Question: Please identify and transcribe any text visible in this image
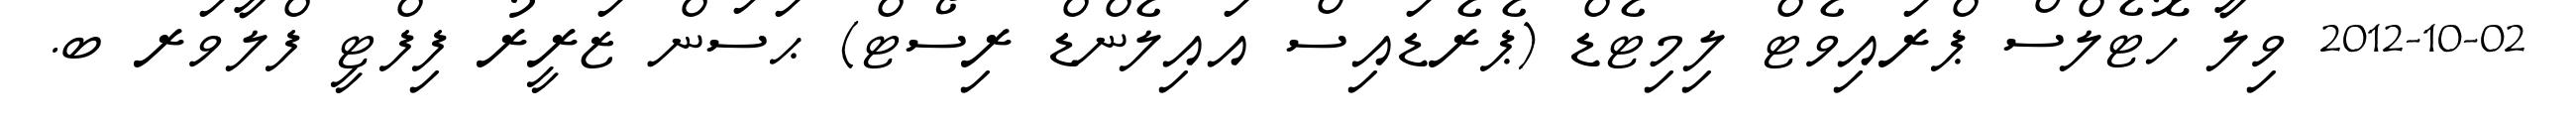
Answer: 2012-10-02 ވިލާ ހޮޓެލްސް ޕްރައިވެޓް ލިމިޓެޑް (ޕެރެޑައިސް އައިލެންޑް ރިސޯޓް) ޙަސަން ޒަރީރު ފިފްޓީ ފްލާވަރ ބ.